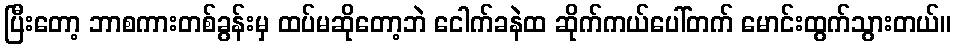
ပြီးတော့ ဘာစကားတစ်ခွန်းမှ ထပ်မဆိုတော့ဘဲ ငေါက်ခနဲထ ဆိုက်ကယ်ပေါ်တက် မောင်းထွက်သွားတယ်။